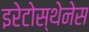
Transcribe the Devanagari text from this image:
इरेटोस्थेनेस